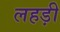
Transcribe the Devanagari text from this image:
लहड़ी